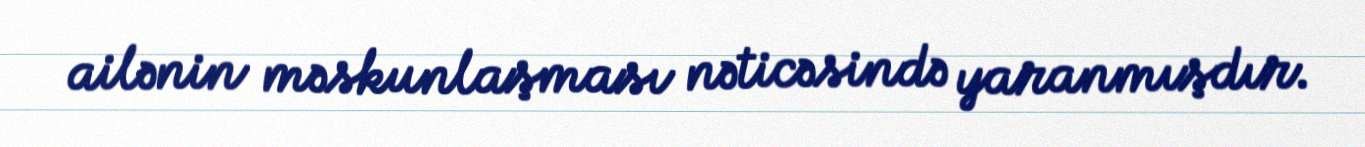
ailənin məskunlaşması nəticəsində yaranmışdır.